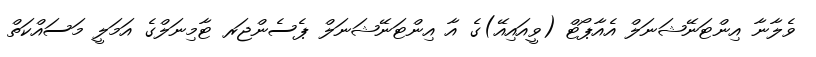
ވެލާނާ އިންޓަނޭޝަނަލް އެއާޕޯޓް (ވީއައިއޭ)ގެ އާ އިންޓަނޭޝަނަލް ޕެސެންޖަރ ޓާމިނަލްގެ އަމަލީ މަސައްކަތް